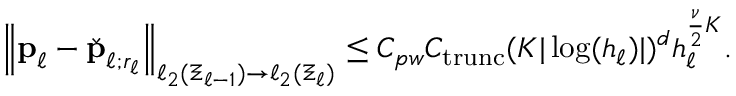
\begin{array} { r } { \left\| \boldsymbol { \mathbf { p } } _ { \ell } - \check { \boldsymbol { \mathbf { p } } } _ { \ell ; r _ { \ell } } \right\| _ { \ell _ { 2 } ( \Xi _ { \ell - 1 } ) \to \ell _ { 2 } ( \Xi _ { \ell } ) } \le C _ { p w } C _ { \mathrm { t r u n c } } ( K | \log ( h _ { \ell } ) | ) ^ { d } h _ { \ell } ^ { \frac { \nu } { 2 } K } . } \end{array}